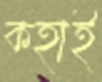
কহাই